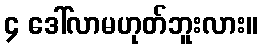
၄ ဒေါ်လာမဟုတ်ဘူးလား။